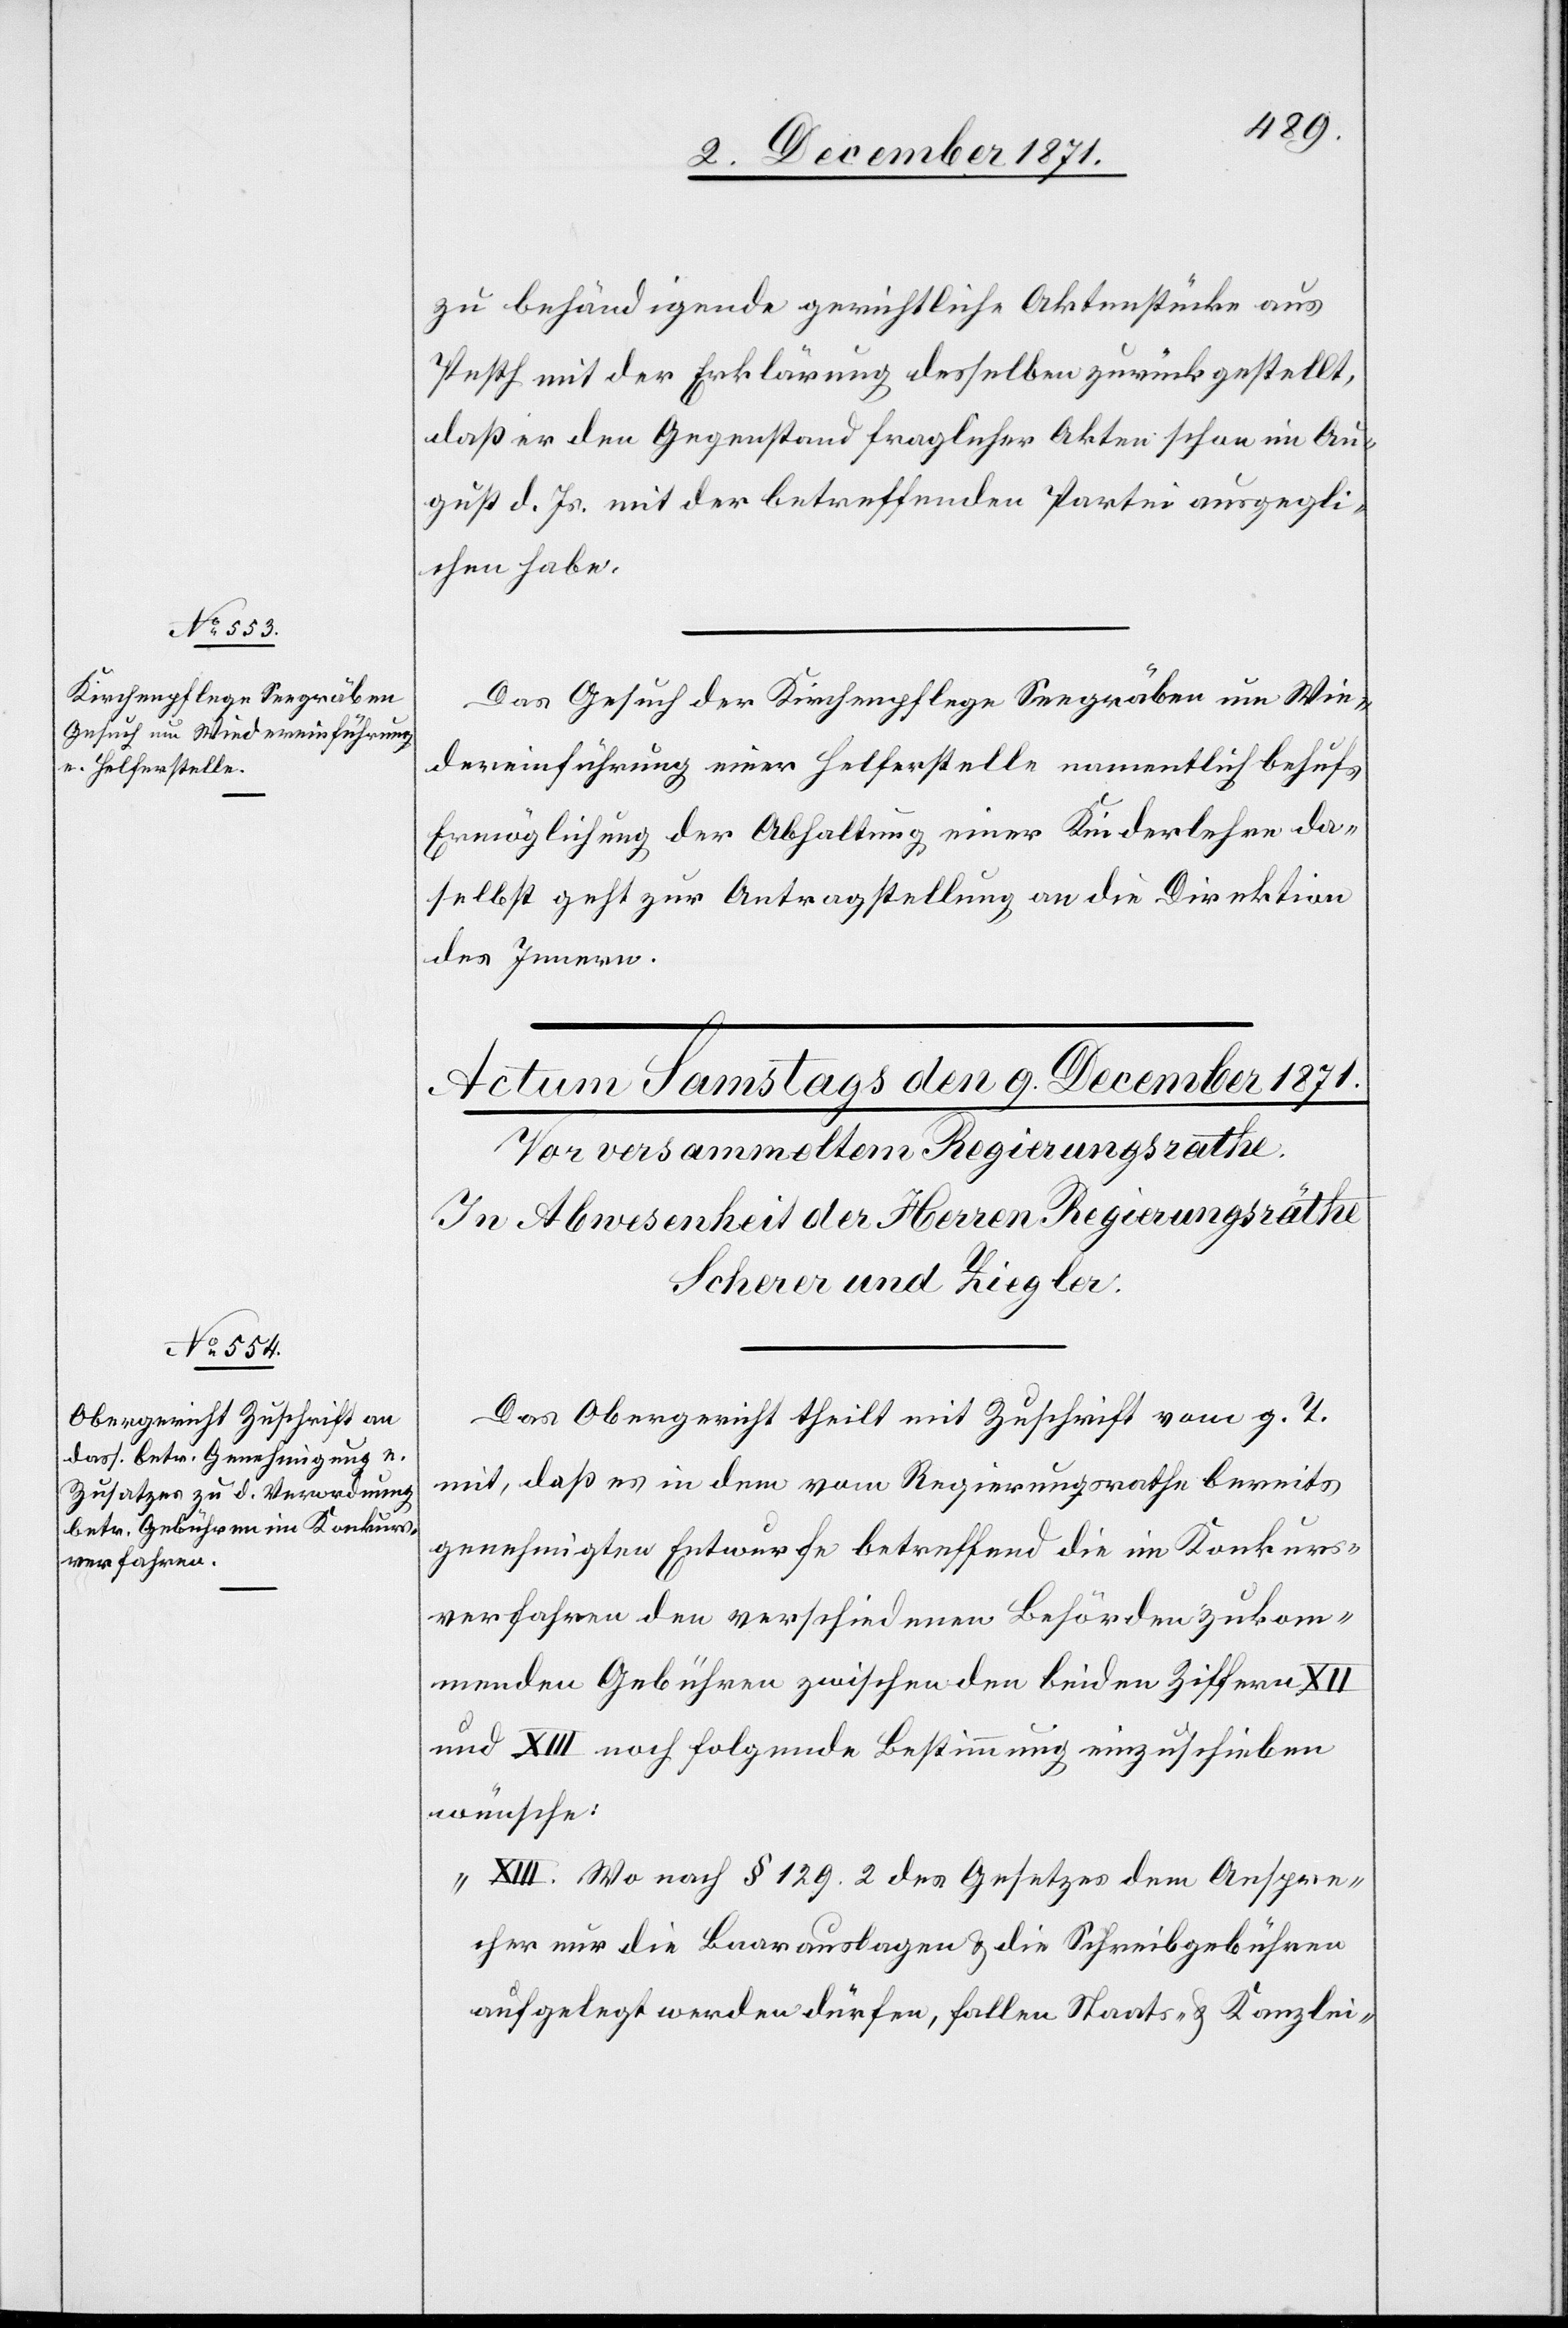
8. December 1871.]
zu behändigende gerichtliche Aktenstücke aus
Pesth mit der Erklärung desselben zurückgestellt,
daß er den Gegenstand fraglicher Akten schon im Au¬
gust d. Js. mit der betreffenden Partei ausgegli¬
chen habe.
Das Gesuch der Kirchenpflege Seegräben um Wie¬
dereinführung einer Helferstelle namentlich behufs
Ermöglichung der Abhaltung einer Kinderlehre da¬
selbst geht zur Antragstellung an die Direktion
des Innern.
Das Obergericht theilt mit Zuschrift vom g. T.
mit, daß es in dem vom Regierungsrathe bereits
genehmigten Entwurfe betreffend die im Konkurs¬
verfahren den verschiedenen Behörden zukom¬
menden Gebühren zwischen den beiden Ziffern XII
und XIII noch folgende Bestimmung einzuschieben
wünsche:
„XIII. Wo nach § 129. 2 des Gesetzes dem Anspre¬
cher nur die Baarauslagen & die Schreibgebühren
aufgelegt werden dürfen, fallen Staats- & Kanzlei-